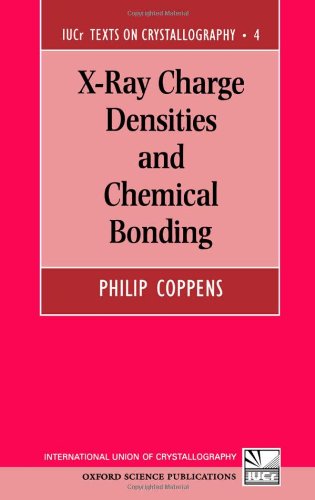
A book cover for X-Ray Charge Densities and Chemical Bonding (International Union of Crystallography Texts on Crystallography); Philip Coppens; Science & Math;